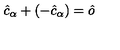
\hat { c } _ { \alpha } + ( - \hat { c } _ { \alpha } ) = \hat { o }